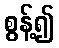
စွန့်၍